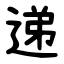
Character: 递